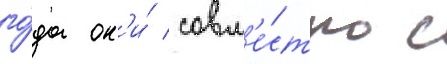
го́да он'и́ совм'е́стно с